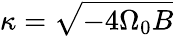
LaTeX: \kappa={\sqrt{-4\Omega_{0}B}}